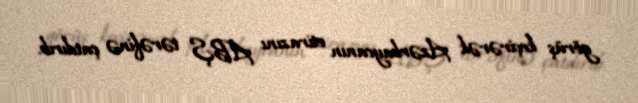
görüş keçirərək Azərbaycanın etirazını ABŞ tərəfinə çatdırıb.